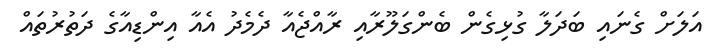
އަލަށް ގެނައި ބަދަލާ ގުޅިގެން ބެންގަލޫރާއި ރާއްޖެއާ ދެމެދު އެއާ އިންޑިއާގެ ދަތުރުތައް